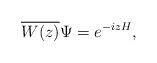
LaTeX: \begin{align*}\overline{W(z)} \Psi = e^{-izH},\end{align*}